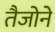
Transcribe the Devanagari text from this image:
तैजोने